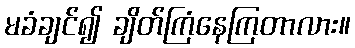
မခံချင်၍ ချိတ်ကြံနေကြတာလား။